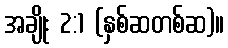
အချိုး 2:1 (နှစ်ဆတစ်ဆ)။